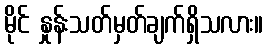
မိုင် နှုန်းသတ်မှတ်ချက်ရှိသလား။